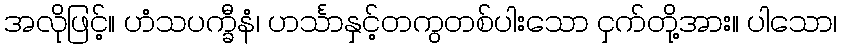
အလိုဖြင့်။ ဟံသပက္ခီနံ၊ ဟင်္သာနှင့်တကွတစ်ပါးသော ငှက်တို့အား။ ပါသော၊